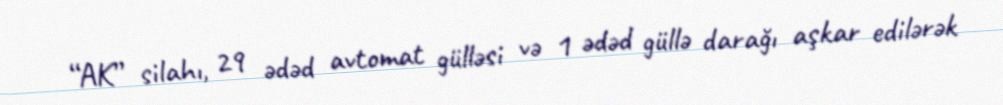
“AK” silahı, 29 ədəd avtomat gülləsi və 1 ədəd güllə darağı aşkar edilərək